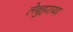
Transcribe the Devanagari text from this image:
लेबुहराया